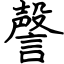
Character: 謦